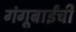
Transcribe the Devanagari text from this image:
गंगूबाईंची